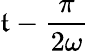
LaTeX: \mathfrak{t}-{\frac{{\pi}}{{2\omega}}}